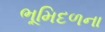
ભૂમિદળના